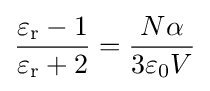
{\frac {\varepsilon _{\mathrm {r} }-1}{\varepsilon _{\mathrm {r} }+2}}={\frac {N\alpha }{3\varepsilon _{0}V}}